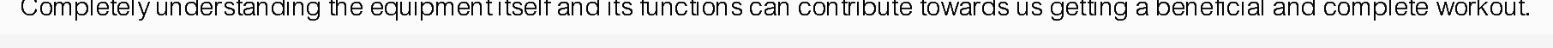
Completely understanding the equipment itself and its functions can contribute towards us getting a beneficial and complete workout.